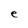
Character: e